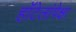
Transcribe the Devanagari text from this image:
हॉटेलांपेक्षा